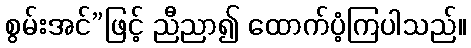
စွမ်းအင်”ဖြင့် ညီညာ၍ ထောက်ပံ့ကြပါသည်။